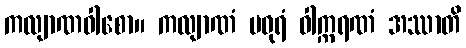
ကလျာဏဝါစော။ ကလျာဏံ မဓုရံ ဝါက္ကရဏံ အဿာတိ